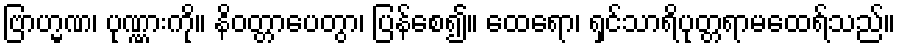
ဗြာဟ္မဏ၊ ပုဏ္ဏားကို။ နိဝတ္တာပေတွာ၊ ပြန်စေ၍။ ထေရော၊ ရှင်သာရိပုတ္တရာမထေရ်သည်။